Report on vaccination in Madras 1877-1894 - 1877-1894
Year: 1877
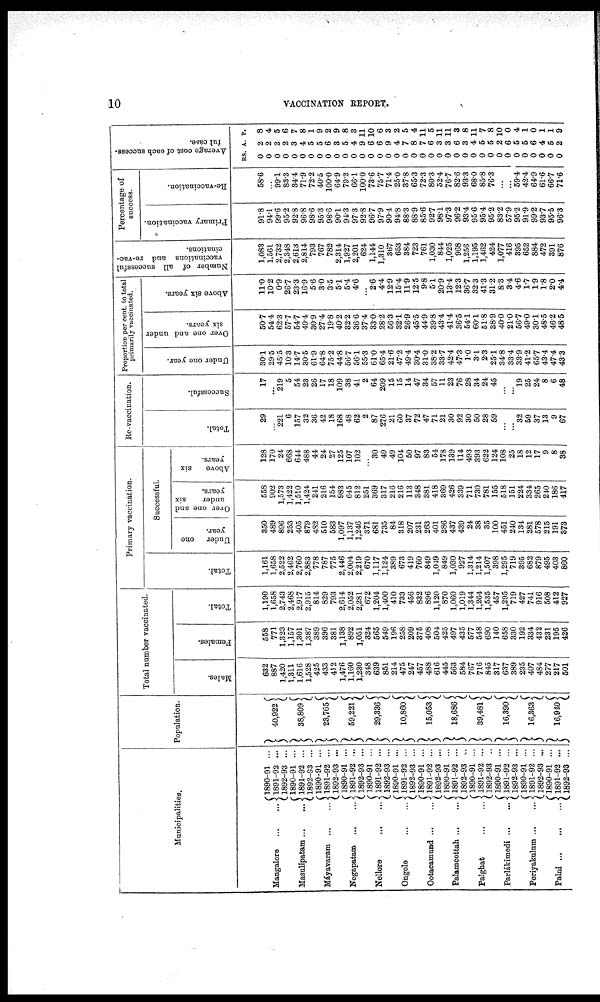
10
VACCINATION REPORT.
Municipalities.
Mangalore
...
...
Masulipatam ... ...
Máyavaram
...
...
Negapatam
...
...
Nellore ... ...
Ongole
...
...
Ootacamund ... ...
Palamcottah ... ...
Palghat
...
...
Parlákimedi ... ...
Periyakulum ... ...
Palni
...
...
...
1890-91 ...
1891-92 ...
1892-93 ...
1890-91 ...
1891-92 ...
1892-93 ...
1890-91 ...
1891-92 ...
1892-93 ...
1890-91 ...
1891-92 ...
1892-93 ...
1890-91 ...
1891-92 ...
1892-93 ...
1890-91 ...
1891-92 ...
1892-93 ...
1890-91 ...
1891-92 ...
1892-93 ...
1890-91 ...
1891-92 ...
1892-93 ...
1890-91 ...
1891-92 ...
1892-93 ..
1890-91 ...
1891-92 ...
1892-93 ...
1890-91 ...
1891-92 ...
1892-93 ...
1890-91 ...
1891-92 ...
1892-93 ...
Population.
40,922
38,809
23,765
59,221
29,336
10,860
15,053
18,686
39,481
16,390
16,363
16,940
Total number vaccinated.
Males.
632
887
1,420
1,311
1,616
1,528
425
433
412
1,476
1,160
1,230
348
639
851
214
475
247
457
488
616
445
563
584
767
716
845
317
637
389
235
407
484
277
217
501
Females.
558
771
1,323
1,157
1,301
1,387
389
396
381
1,138
892
1,051
324
565
549
196
258
209
375
408
504
425
497
435
577
548
690
140
658
330
192
334
432
231
195
426
Total.
1,190
1,658
2,743
2,468
2,917
2,915
814
829
793
2,614
2,052
2,281
672
1,204
1,400
410
733
456
832
896
1,120
870
1,060
1,019
1,344
1,264
1,535
457
1,295
719
427
741
916
508
412
927
Primary vaccination.
Total.
1,161
1,658
2,522
2,462
2,760
2,883
778
787
775
2,446
2,004
2,219
670
1,117
1,124
389
673
419
760
849
1,040
849
1,030
927
1,314
1,214
1,507
398
1,295
719
395
682
879
495
403
860
Successful.
Under one
year.
350
489
896
253
405
879
482
510
583
1,097
1,137
1,246
371
681
735
84
318
207
231
263
401
286
437
439
24
38
35
100
451
240
134
281
578
215
191
373
Over one and
under
six
years.
558
902
1,573
1,422
1,510
1,424
241
216
154
983
645
812
251
369
317
216
216
113
348
381
418
369
426
339
711
730
781
155
518
151
224
334
265
240
186
417
Above
six
years.
128
170
24
668
644
488
44
24
27
125
107
102
...
30 49
49
104
50
97
83
54
178
139
114
493
393
622
124
108
25
18
12
17
9
8
38
Re-vaccination.
Total.
29
...
221
6
157
32
36
42
18
168
48
62
2
87
276
21
60
37
72
47
71
21
30
92
30
50
28
59
...
...
32
59
37
13
9
67
Successful.
17
...
219
5
54
23
26
17
18
109
38
41
2
64
209
15
15
14
47
34
57
11
23
76
28
34
24
45
...
...
19
25
24
8
6
48
Proportion per cent. to total
primarily vaccinated.
Under one year.
30.1
29.5
45.5
10.3
14.7
30.5
61.9
64.8
75.2
44.8
56.7
56.1
55.3
61.0
65.4
21.6
47.2
49.4
30.4
31.0
38.2
33.7
42.4
47.3
1.0
3.1
2.3
25.1
34.8
33.4
33.9
41.2
65.7
43.4
47.4
43.3
Over one and under
six years.
50.7
54.4
62.3
57.7
54.7
49.4
30.9
27.4
19.8
40.2
82.2
36.6
37.4
33.0
28.2
56.3
32.1
26.9
45.5
44.9
39.8
43.4
41.4
36.5
54.1
60.1
51.8
38.9
40.0
21.0
56.7
49.0
30.1
48.5
46.2
48.5
Above six years.
11.0
10.2
0.9
26.7
23.3
16.9
5.6
3.0
3.5
5.1
5.4
4.6
...
2.6
4.4
12.9
15.4
11.9
12.5
9.8
5.1
20.9
13.4
12.3
36.7
32.3
41.3
31.2
8.3
3.4
4.6
1.7
1.9
1.8
2.0
4.4
Number of all successful
vaccinations and re-vac-
cinations.
1,083
1,561
2,732
2,348
2,613
2,814
793
767
782
2,314
1,927
2,201
624
1,144
1,310
367
653
384
723
761
1,030
844
1,025
968
1,256
1,195
1,462
424
1,077
416
395
652
884
472
391
876
Percentage of
success.
Primary vaccination.
91.8
94.1
99.6
95.2
92.8
96.8
98.6
95.3
98.6
90.1
94.3
97.3
92.8
96.7
97.9
90.4
94.8
88.3
88.9
85.6
92.7
98.1
97.3
96.2
93.4
95.6
95.4
95.2
83.2
57.9
95.2
91.9
99.2
93.7
95.5
96.3
Re-vaccination.
58.6
...
99.1
83.3
34.4
71.9
72.2
40.5
100.0
64.9
79.2
66.1
100.0
73.6
75.7
71.4
25.0
37.8
65.3
72.3
80.3
52.4
76.7
82.6
93.3
68.0
85.8
76.3
...
...
59.4
42.4
64.9
61.6
66.7
71.6
Average cost of each success-
ful case.
RS.
0
0
0
0
0
0
0
0
0
0
0
0
0
0
0
0
0
0
0
0
0
0
0
0
0
0
0
0
0
0
0
0
0
0
0
0
A.
2
2
2
2
3
4
5
5
6
3
5
4
9
6
6
9
4
7
8
7
6
3
3
6
3
4
5
5
2
6
5
5
6
4
5
2
P.
8
4
5
6
7
8
1
9
2
9
8
3
11
10
6
3
2
5
4
11
5
11
11
3
8
11
7
8
10
0
4
1
0
1
1
9